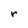
Character: r